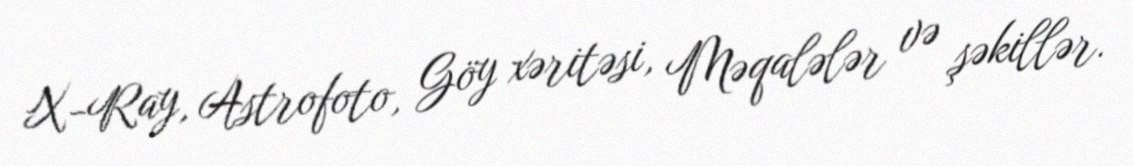
X-Ray, Astrofoto, Göy xəritəsi, Məqalələr və şəkillər.